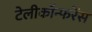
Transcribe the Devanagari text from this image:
टेलीकॉन्फरेंस